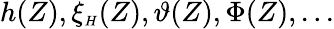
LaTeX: h(Z),\xi_{{\scriptscriptstyle H}}(Z),\vartheta(Z),\Phi(Z),...